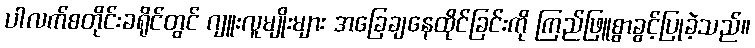
ပါလက်စတိုင်းခရိုင်တွင် ဂျူးလူမျိုးများ အခြေချနေထိုင်ခြင်းကို ကြည်ဖြူစွာခွင့်ပြုခဲ့သည်။